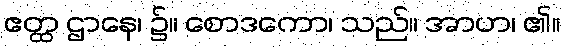
ဧတ္ထ ဌာနေ၊ ၌။ စောဒကော၊ သည်။ အာဟ၊ ၏။